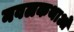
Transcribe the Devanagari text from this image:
नवलकथाओं